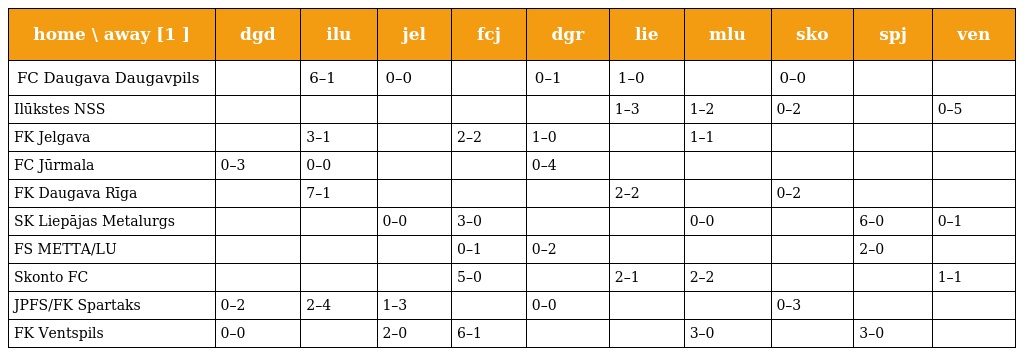
| home \ away [1 ] | dgd | ilu | jel | fcj | dgr | lie | mlu | sko | spj | ven |
 | --- | --- | --- | --- | --- | --- | --- | --- | --- | --- | --- |
 | FC Daugava Daugavpils |  | 6–1 | 0–0 |  | 0–1 | 1–0 |  | 0–0 |  |  |
 | Ilūkstes NSS |  |  |  |  |  | 1–3 | 1–2 | 0–2 |  | 0–5 |
 | FK Jelgava |  | 3–1 |  | 2–2 | 1–0 |  | 1–1 |  |  |  |
 | FC Jūrmala | 0–3 | 0–0 |  |  | 0–4 |  |  |  |  |  |
 | FK Daugava Rīga |  | 7–1 |  |  |  | 2–2 |  | 0–2 |  |  |
 | SK Liepājas Metalurgs |  |  | 0–0 | 3–0 |  |  | 0–0 |  | 6–0 | 0–1 |
 | FS METTA/LU |  |  |  | 0–1 | 0–2 |  |  |  | 2–0 |  |
 | Skonto FC |  |  |  | 5–0 |  | 2–1 | 2–2 |  |  | 1–1 |
 | JPFS/FK Spartaks | 0–2 | 2–4 | 1–3 |  | 0–0 |  |  | 0–3 |  |  |
 | FK Ventspils | 0–0 |  | 2–0 | 6–1 |  |  | 3–0 |  | 3–0 |  |